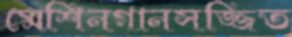
মেশিনগানসজ্জিত